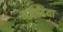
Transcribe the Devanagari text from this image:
मज़ाहिया